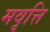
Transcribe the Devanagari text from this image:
मवृत्ति